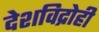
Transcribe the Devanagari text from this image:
देशविद्रोही